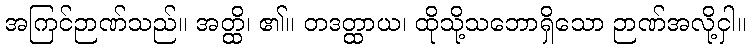
အကြင်ဉာဏ်သည်။ အတ္ထိ၊ ၏။ တဒတ္ထာယ၊ ထိုသို့သဘောရှိသော ဉာဏ်အလို့ငှါ။